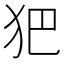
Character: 𤜱